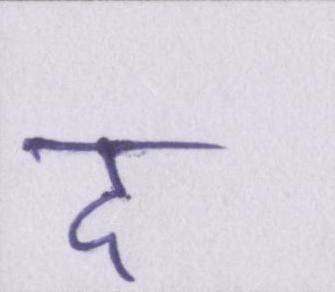
द